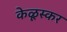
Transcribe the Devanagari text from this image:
केळूस्कर